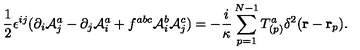
\frac { 1 } { 2 } \epsilon ^ { i j } ( \partial _ { i } { \cal A } _ { j } ^ { a } - \partial _ { j } { \cal A } _ { i } ^ { a } + f ^ { a b c } { \cal A } _ { i } ^ { b } { \cal A } _ { j } ^ { c } ) = - \frac { i } { \kappa } \sum _ { p = 1 } ^ { N - 1 } T _ { ( p ) } ^ { a } \delta ^ { 2 } ( { \bf r } - { \bf r } _ { p } ) .